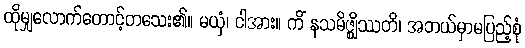
ထိုမျှလောက်တောင့်တသေး၏။ မယှံ၊ ငါအား။ ကိံ နသမိဇ္ဈိဿတိ၊ အဘယ်မှာမပြည့်စုံ